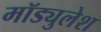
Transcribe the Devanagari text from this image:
मॉड्युलेश